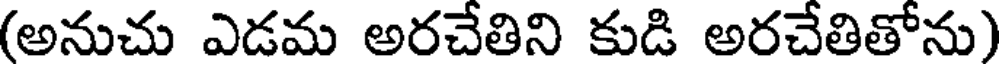
(అనుచు ఎడమ అరచేతిని కుడి అరచేతితోను)